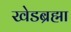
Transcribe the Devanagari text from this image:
खेडब्रह्मा